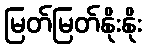
မြတ်မြတ်နိုးနိုး